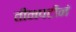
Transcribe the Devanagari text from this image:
तीनपटीनं